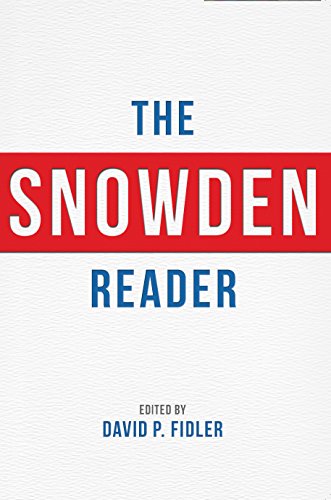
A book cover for The Snowden Reader; Computers & Technology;